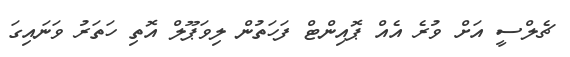
ޗެލްސީ އަށް ވުރެ އެއް ޕޮއިންޓް ފަހަތުން ލިވަޕޫލް އޮތި ހަތަރު ވަނައިގަ